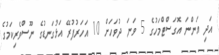
އަދި އަންނަ އޮގަސްޓްމަހުގެ 5 ވަނަ ދުވަހަށް 10 އަހަރުފުރޭ އަޅުގަނޑުގެ ނޫސްވެރިކަމުގެ